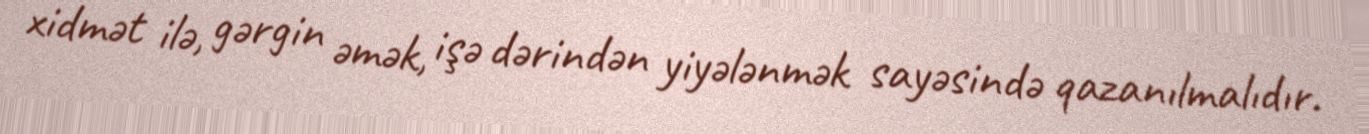
xidmət ilə, gərgin əmək, işə dərindən yiyələnmək sayəsində qazanılmalıdır.